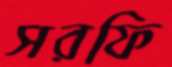
সরফি